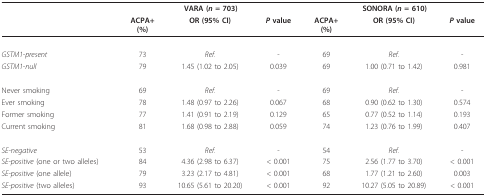
<table><thead><tr><td></td><td colspan="3"><b>VARA (<i>n </i>= 703)</b></td><td colspan="3"><b>SONORA (<i>n </i>= 610)</b></td></tr><tr><td></td><td><b>ACPA+(%)</b></td><td><b>OR (95% CI)</b></td><td><b><i>P </i>value</b></td><td><b>ACPA+(%)</b></td><td><b>OR (95% CI)</b></td><td><b><i>P </i>value</b></td></tr></thead><tbody><tr><td><i>GSTM1-present</i></td><td>73</td><td><i>Ref</i>.</td><td>-</td><td>69</td><td><i>Ref</i>.</td><td>-</td></tr><tr><td><i>GSTM1-null</i></td><td>79</td><td>1.45 (1.02 to 2.05)</td><td>0.039</td><td>69</td><td>1.00 (0.71 to 1.42)</td><td>0.981</td></tr><tr><td>Never smoking</td><td>69</td><td><i>Ref</i>.</td><td>-</td><td>69</td><td><i>Ref</i>.</td><td>-</td></tr><tr><td>Ever smoking</td><td>78</td><td>1.48 (0.97 to 2.26)</td><td>0.067</td><td>68</td><td>0.90 (0.62 to 1.30)</td><td>0.574</td></tr><tr><td>Former smoking</td><td>77</td><td>1.41 (0.91 to 2.19)</td><td>0.129</td><td>65</td><td>0.77 (0.52 to 1.14)</td><td>0.193</td></tr><tr><td>Current smoking</td><td>81</td><td>1.68 (0.98 to 2.88)</td><td>0.059</td><td>74</td><td>1.23 (0.76 to 1.99)</td><td>0.407</td></tr><tr><td><i>SE-negative</i></td><td>53</td><td><i>Ref</i>.</td><td>-</td><td>54</td><td><i>Ref</i>.</td><td>-</td></tr><tr><td><i>SE-positive </i>(one or two alleles)</td><td>84</td><td>4.36 (2.98 to 6.37)</td><td>&lt; 0.001</td><td>75</td><td>2.56 (1.77 to 3.70)</td><td>&lt; 0.001</td></tr><tr><td><i>SE-positive </i>(one allele)</td><td>79</td><td>3.23 (2.17 to 4.81)</td><td>&lt; 0.001</td><td>68</td><td>1.77 (1.21 to 2.60)</td><td>0.003</td></tr><tr><td><i>SE-positive </i>(two alleles)</td><td>93</td><td>10.65 (5.61 to 20.20)</td><td>&lt; 0.001</td><td>92</td><td>10.27 (5.05 to 20.89)</td><td>&lt; 0.001</td></tr></tbody></table>